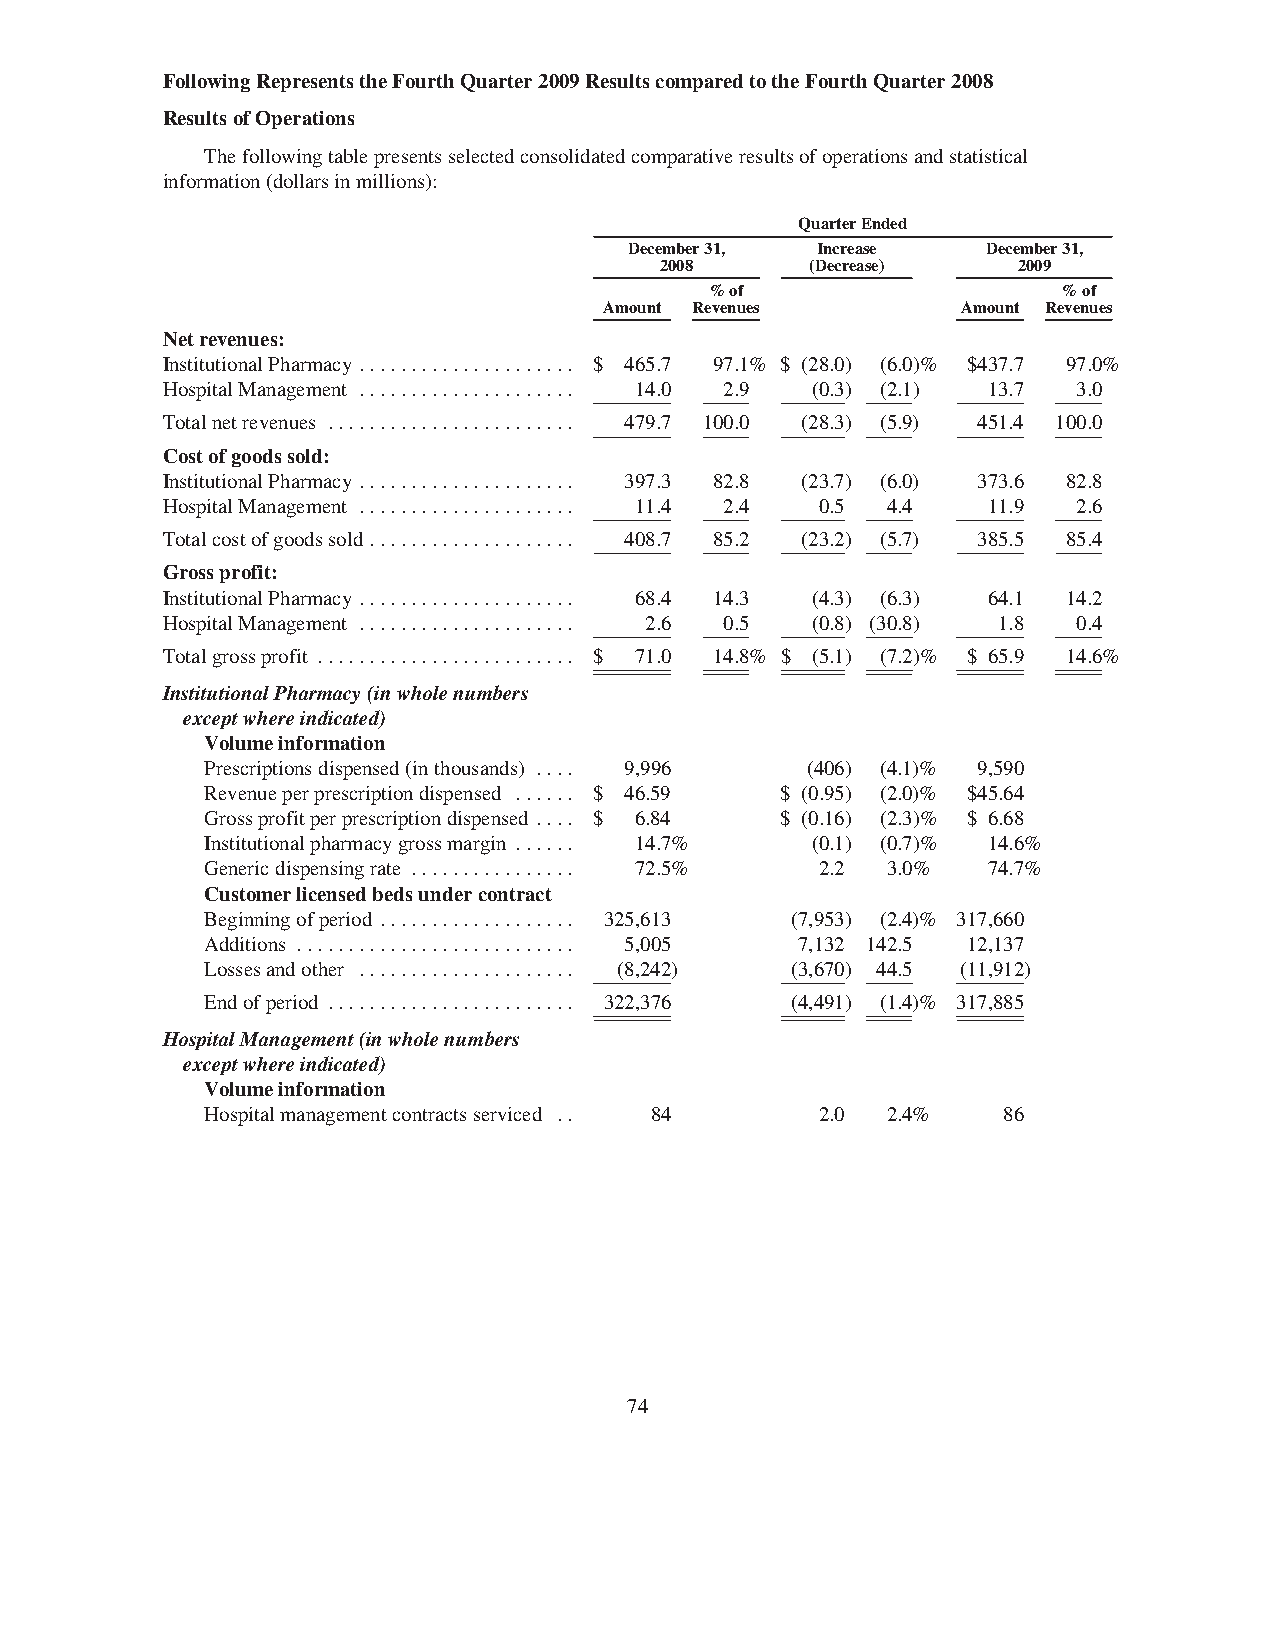
FollowingRepresentstheFourthQuarter2009ResultscomparedtotheFourthQuarter2008
 ResultsofOperations
 Thefollowingtablepresentsselectedconsolidatedcomparativeresultsofoperationsandstatistical
 information(dollarsinmillions):
 QuarterEnded
 December31, Increase   December31,
 2008      (Decrease)   2009
 %of                    %of
 Amount Revenues         Amount Revenues
 Netrevenues:
 InstitutionalPharmacy ..................... $ 465.7 97.1% $ (28.0) (6.0)% $437.7 97.0%
 HospitalManagement ..................... 14.0 2.9 (0.3) (2.1) 13.7 3.0
 Totalnetrevenues ........................ 479.7 100.0 (28.3) (5.9) 451.4 100.0
 Costofgoodssold:
 InstitutionalPharmacy ..................... 397.3 82.8 (23.7) (6.0) 373.6 82.8
 HospitalManagement ..................... 11.4 2.4 0.5 4.4 11.9 2.6
 Totalcostofgoodssold .................... 408.7 85.2 (23.2) (5.7) 385.5 85.4
 Grossprofit:
 InstitutionalPharmacy ..................... 68.4 14.3 (4.3) (6.3) 64.1 14.2
 HospitalManagement ..................... 2.6 0.5 (0.8) (30.8) 1.8 0.4
 Totalgrossprofit ......................... $ 71.0 14.8% $ (5.1) (7.2)% $ 65.9 14.6%
 InstitutionalPharmacy(inwholenumbers
 exceptwhereindicated)
 Volumeinformation
 Prescriptionsdispensed(inthousands) .... 9,996 (406) (4.1)% 9,590
 Revenueperprescriptiondispensed ...... $ 46.59 $ (0.95) (2.0)% $45.64
 Grossprofitperprescriptiondispensed .... $ 6.84 $ (0.16) (2.3)% $ 6.68
 Institutionalpharmacygrossmargin ...... 14.7% (0.1) (0.7)% 14.6%
 Genericdispensingrate ................ 72.5% 2.2 3.0% 74.7%
 Customerlicensedbedsundercontract
 Beginningofperiod ................... 325,613 (7,953) (2.4)% 317,660
 Additions ........................... 5,005 7,132 142.5 12,137
 Lossesandother ..................... (8,242) (3,670) 44.5 (11,912)
 Endofperiod ........................ 322,376 (4,491) (1.4)% 317,885
 HospitalManagement(inwholenumbers
 exceptwhereindicated)
 Volumeinformation
 Hospitalmanagementcontractsserviced .. 84 2.0 2.4%  86
 74